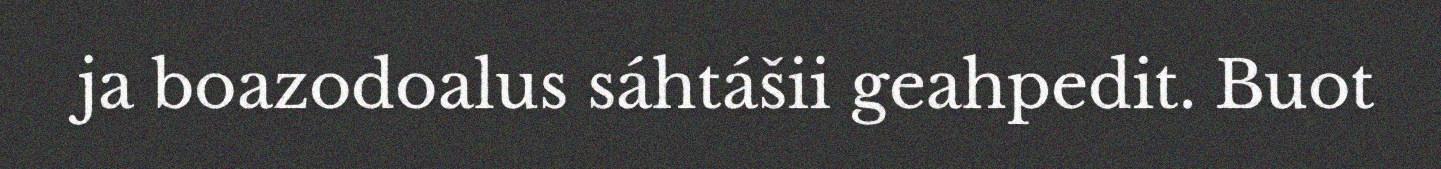
ja boazodoalus sáhtášii geahpedit. Buot